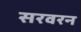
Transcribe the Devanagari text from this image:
सरवरन